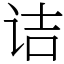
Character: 诘